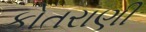
કોતરાણી